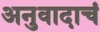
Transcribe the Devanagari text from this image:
अनुवादाचं